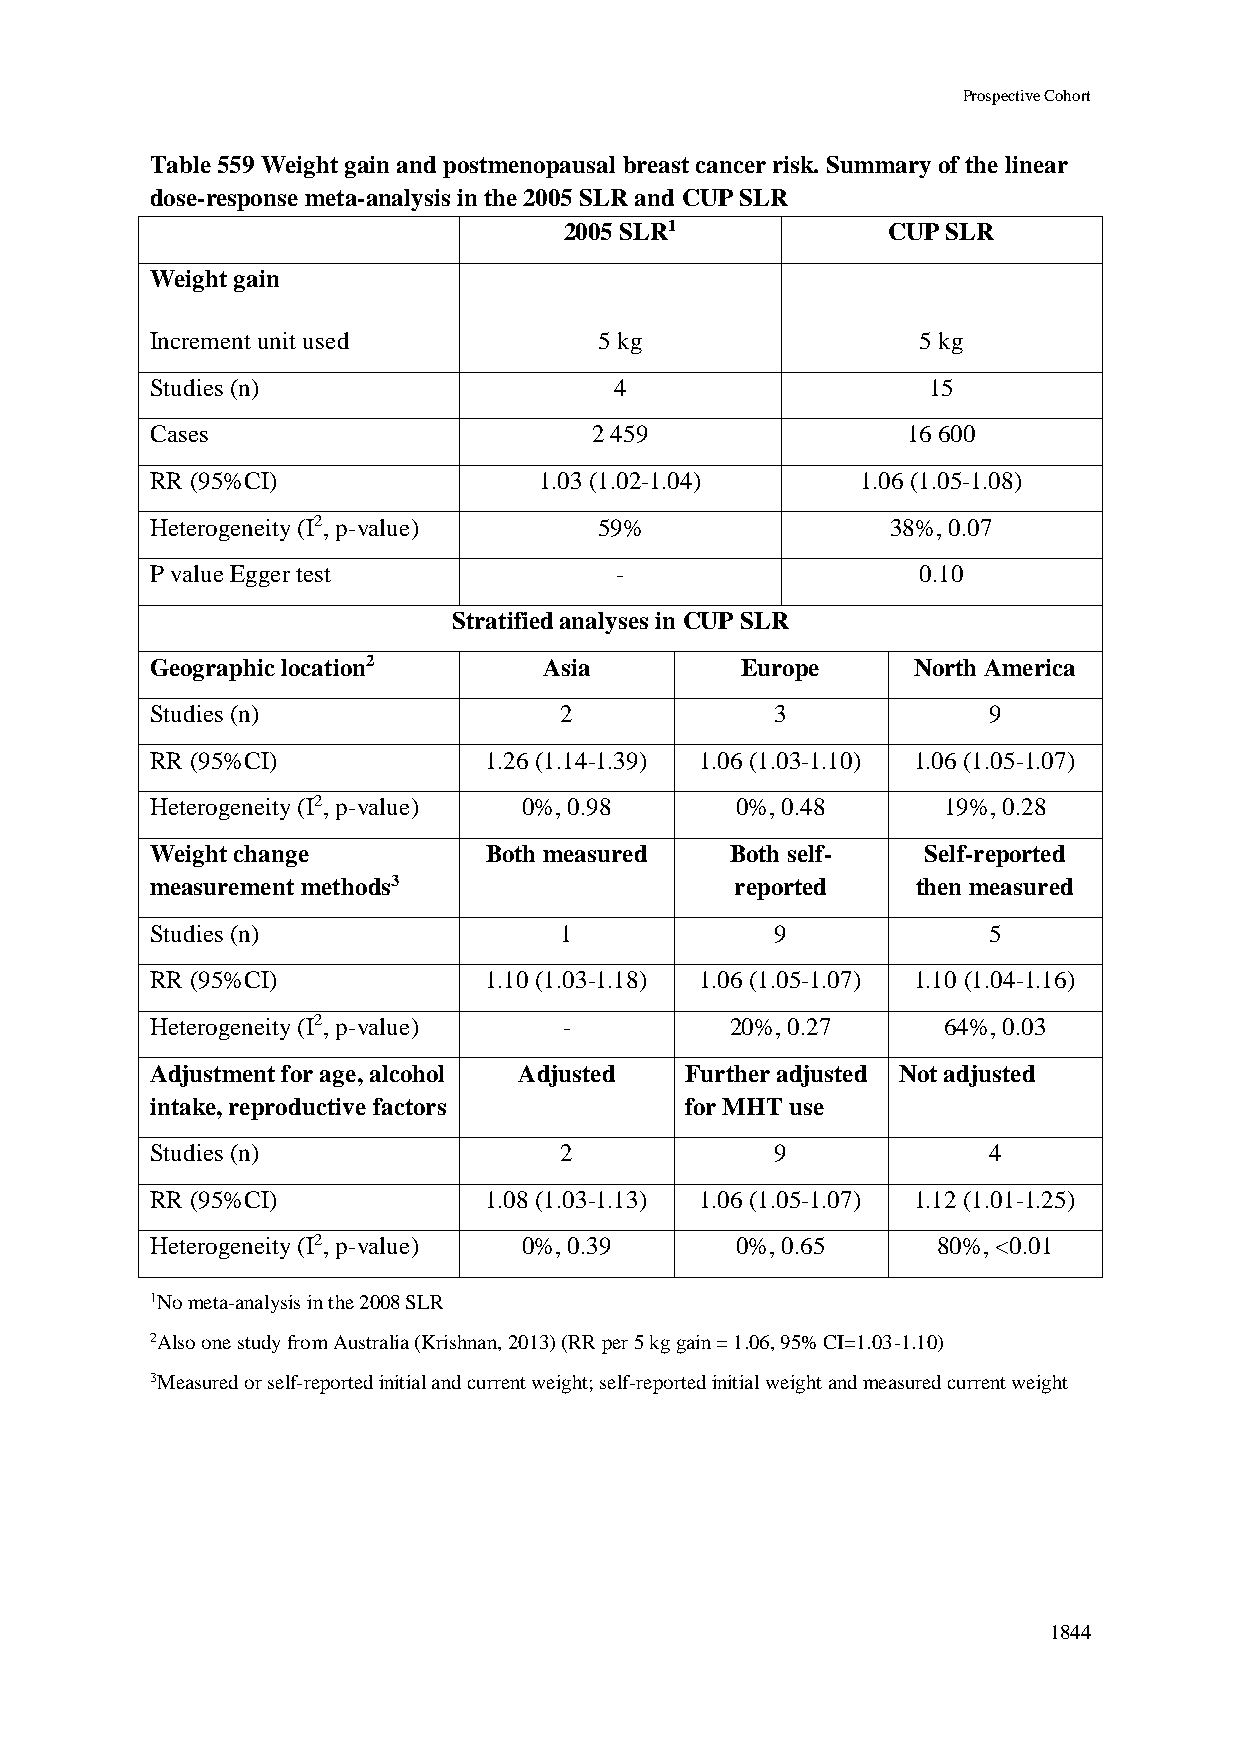
Prospective Cohort
 Table 559 Weight gain and postmenopausal breast cancer risk. Summary of the linear
 dose-response meta-analysis in the 2005 SLR and CUP SLR
 2005 SLR1             CUP SLR
 Weight gain
 Increment unit used           5 kg                 5 kg
 Studies (n)                    4                   15
 Cases                        2 459                16 600
 RR (95%CI)                1.03 (1.02-1.04)     1.06 (1.05-1.08)
 Heterogeneity (I2, p-value)   59%                38%, 0.07
 P value Egger test             -                   0.10
 Stratified analyses in CUP SLR
 Geographic location2      Asia         Europe     North America
 Studies (n)                2             3             9
 RR (95%CI)            1.26 (1.14-1.39) 1.06 (1.03-1.10) 1.06 (1.05-1.07)
 Heterogeneity (I2, p-value) 0%, 0.98   0%, 0.48     19%, 0.28
 Weight change         Both measured   Both self-   Self-reported
 measurement methods3                   reported    then measured
 Studies (n)                1             9             5
 RR (95%CI)            1.10 (1.03-1.18) 1.06 (1.05-1.07) 1.10 (1.04-1.16)
 Heterogeneity (I2, p-value) -         20%, 0.27     64%, 0.03
 Adjustment for age, alcohol Adjusted Further adjusted Not adjusted
 intake, reproductive factors       for MHT use
 Studies (n)                2             9             4
 RR (95%CI)            1.08 (1.03-1.13) 1.06 (1.05-1.07) 1.12 (1.01-1.25)
 Heterogeneity (I2, p-value) 0%, 0.39   0%, 0.65     80%, <0.01
 1No meta-analysis in the 2008 SLR
 2Also one study from Australia (Krishnan, 2013) (RR per 5 kg gain = 1.06, 95% CI=1.03-1.10)
 3Measured or self-reported initial and current weight; self-reported initial weight and measured current weight
 1844